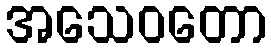
အသေဝတော